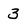
Character: 3